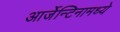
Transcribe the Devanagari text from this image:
आर्जेन्टिनामध्ये